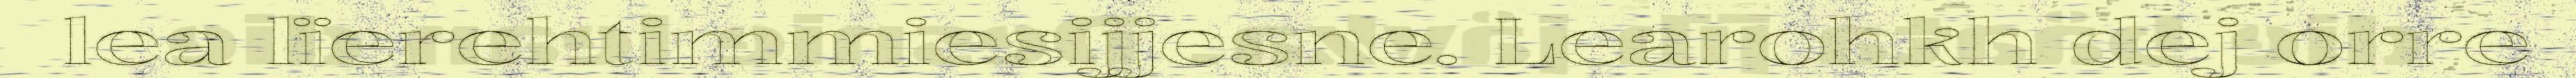
lea lïerehtimmiesijjesne. Learohkh dej orre